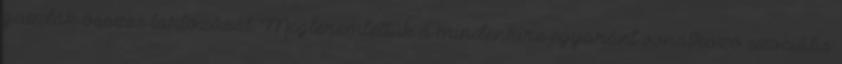
gazdák összes tartozását. Megteremtettük a mindenkire egyaránt vonatkozó szociális